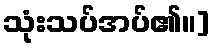
သုံးသပ်အပ်၏။]